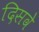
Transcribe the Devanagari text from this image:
दिसवे